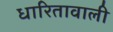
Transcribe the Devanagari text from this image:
धारितावाली